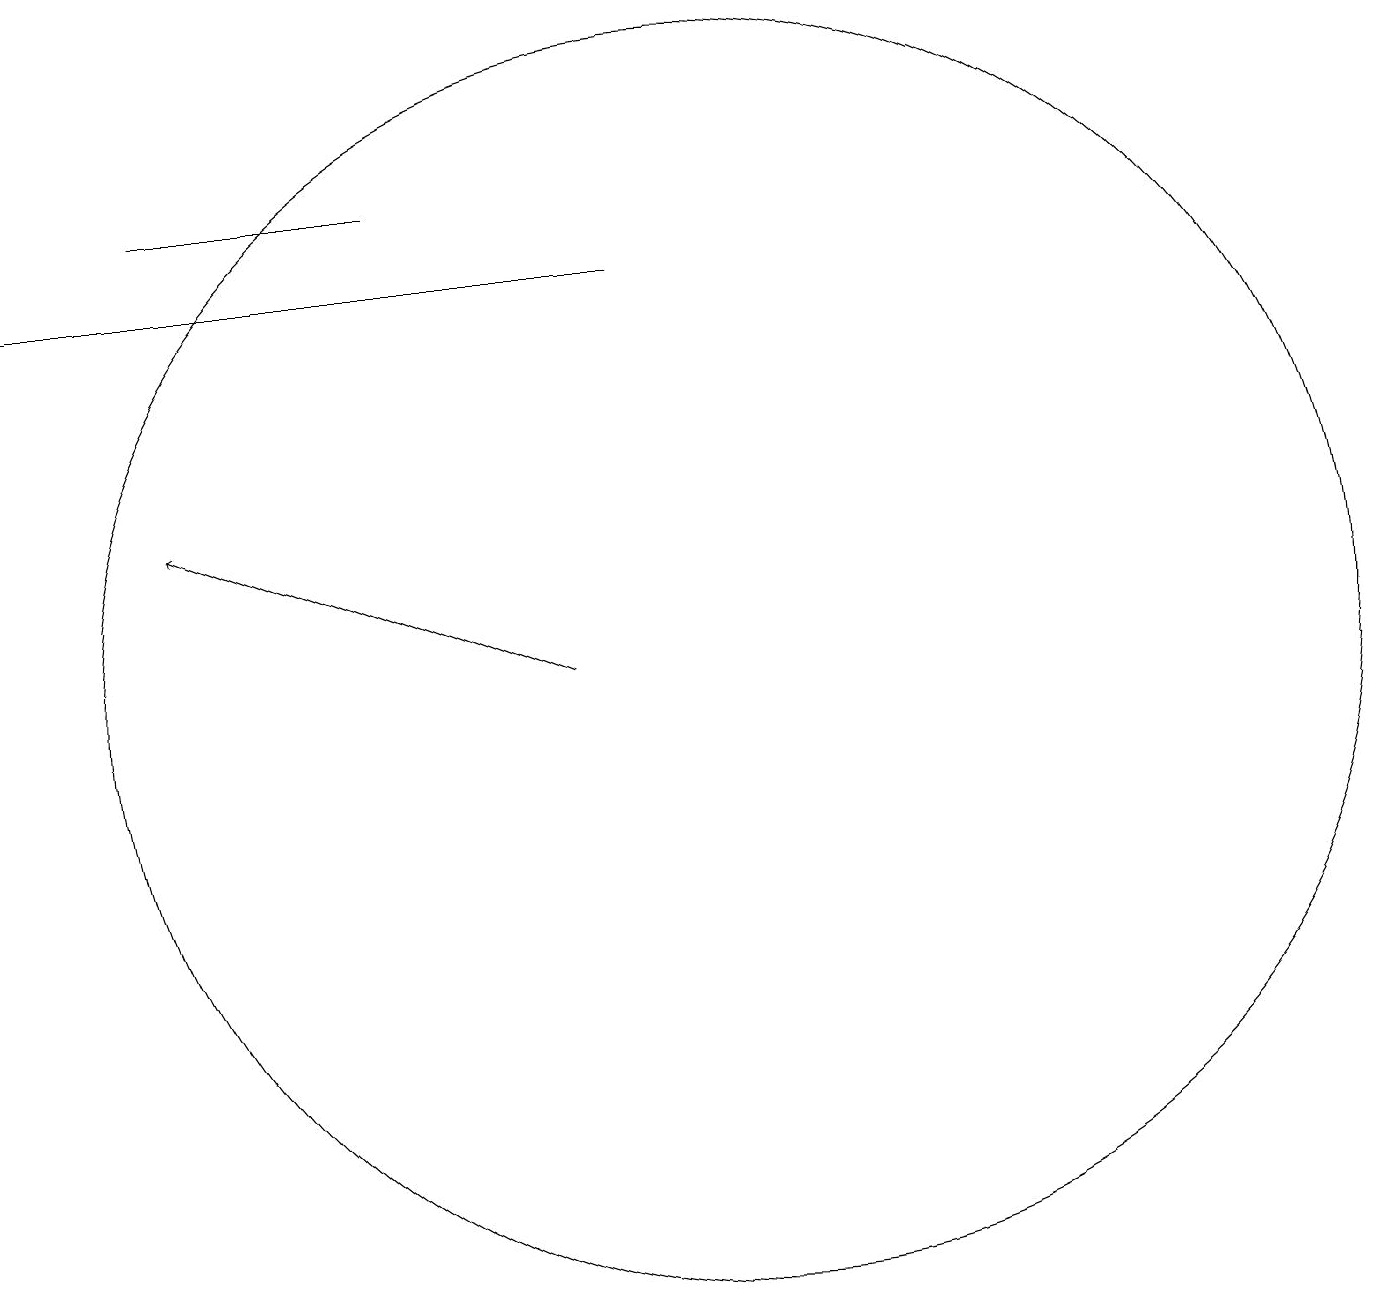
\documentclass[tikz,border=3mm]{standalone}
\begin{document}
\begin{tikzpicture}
\draw (3,16) rectangle (6,16);
\draw[->] (8,10) -- (3,12);
\draw (1,15) rectangle (9,15);
\draw (10,10) circle (8);
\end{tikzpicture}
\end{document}